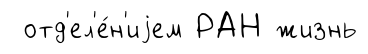
отд'ел'е́н'иjем РАН жизнь